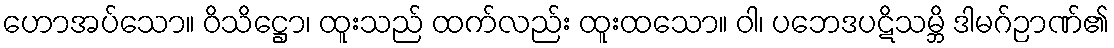
ဟောအပ်သော။ ဝိသိဋ္ဌော၊ ထူးသည် ထက်လည်း ထူးထသော။ ဝါ၊ ပဘေဒပဋိသမ္ဘိ ဒါမဂ်ဉာဏ်၏